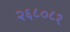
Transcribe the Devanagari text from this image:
२६८०८१